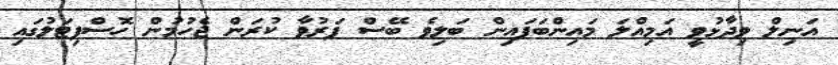
އަނިލް ވިދާޅުވީ އަމިއްލަ މައިންބަފައިން ބަލިވެ ބޭސް ފަރުވާ ކުރަން ޖެހުމުން ހޮސްޕިޓަލުގައި